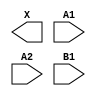
module sky130_fd_sc_ms__o21a (
    X ,
    A1,
    A2,
    B1
);

    output X ;
    input  A1;
    input  A2;
    input  B1;

    // Voltage supply signals
    supply1 VPWR;
    supply0 VGND;
    supply1 VPB ;
    supply0 VNB ;

endmodule